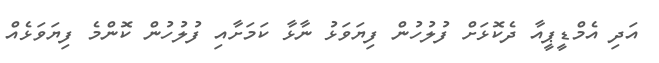
އަދި އެމްޑީޕީއާ ދެކޮޅަށް ފުލުހުން ފިޔަވަޅު ނާޅާ ކަމަށާއި ފުލުހުން ކޮންމެ ފިޔަވަޅެއް